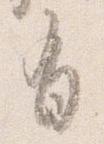
有